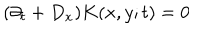
( \partial _ { t } + D _ { x } ) K ( x , y ; t ) = 0